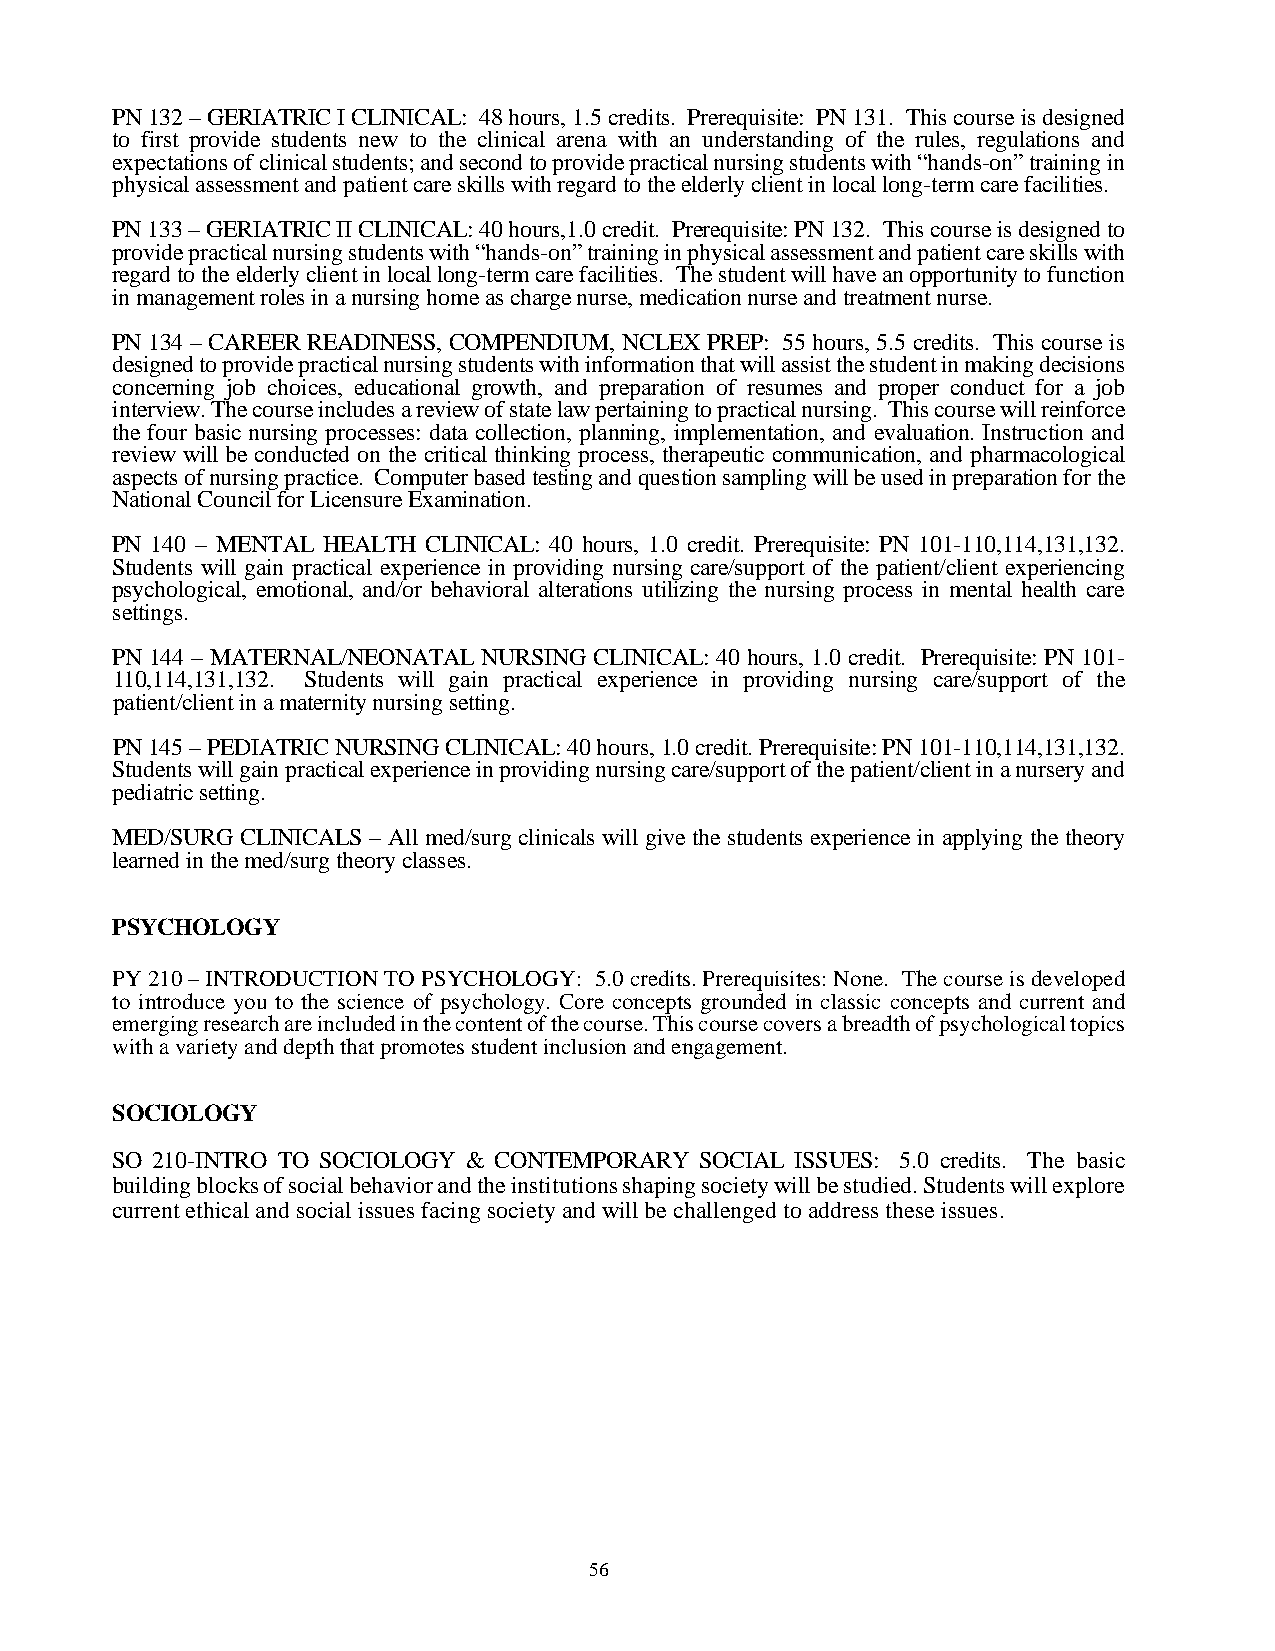
PN 132 – GERIATRIC I CLINICAL: 48 hours, 1.5 credits. Prerequisite: PN 131. This course is designed
 to first provide students new to the clinical arena with an understanding of the rules, regulations and
 expectations of clinical students; and second to provide practical nursing students with “hands-on” training in
 physical assessment and patient care skills with regard to the elderly client in local long-term care facilities.
 PN 133 – GERIATRIC II CLINICAL: 40 hours,1.0 credit. Prerequisite: PN 132. This course is designed to
 provide practical nursing students with “hands-on” training in physical assessment and patient care skills with
 regard to the elderly client in local long-term care facilities. The student will have an opportunity to function
 in management roles in a nursing home as charge nurse, medication nurse and treatment nurse.
 PN 134 – CAREER READINESS, COMPENDIUM, NCLEX PREP: 55 hours, 5.5 credits. This course is
 designed to provide practical nursing students with information that will assist the student in making decisions
 concerning job choices, educational growth, and preparation of resumes and proper conduct for a job
 interview. The course includes a review of state law pertaining to practical nursing. This course will reinforce
 the four basic nursing processes: data collection, planning, implementation, and evaluation. Instruction and
 review will be conducted on the critical thinking process, therapeutic communication, and pharmacological
 aspects of nursing practice. Computer based testing and question sampling will be used in preparation for the
 National Council for Licensure Examination.
 PN 140 – MENTAL HEALTH CLINICAL: 40 hours, 1.0 credit. Prerequisite: PN 101-110,114,131,132.
 Students will gain practical experience in providing nursing care/support of the patient/client experiencing
 psychological, emotional, and/or behavioral alterations utilizing the nursing process in mental health care
 settings.
 PN 144 – MATERNAL/NEONATAL NURSING CLINICAL: 40 hours, 1.0 credit. Prerequisite: PN 101-
 110,114,131,132. Students will gain practical experience in providing nursing care/support of the
 patient/client in a maternity nursing setting.
 PN 145 – PEDIATRIC NURSING CLINICAL: 40 hours, 1.0 credit. Prerequisite: PN 101-110,114,131,132.
 Students will gain practical experience in providing nursing care/support of the patient/client in a nursery and
 pediatric setting.
 MED/SURG CLINICALS – All med/surg clinicals will give the students experience in applying the theory
 learned in the med/surg theory classes.
 PSYCHOLOGY
 PY 210 – INTRODUCTION TO PSYCHOLOGY: 5.0 credits. Prerequisites: None. The course is developed
 to introduce you to the science of psychology. Core concepts grounded in classic concepts and current and
 emerging research are included in the content of the course. This course covers a breadth of psychological topics
 with a variety and depth that promotes student inclusion and engagement.
 SOCIOLOGY
 SO 210-INTRO TO SOCIOLOGY & CONTEMPORARY SOCIAL ISSUES: 5.0 credits. The basic
 building blocks of social behavior and the institutions shaping society will be studied. Students will explore
 current ethical and social issues facing society and will be challenged to address these issues.
 56